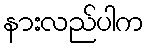
နားလည်ပါက